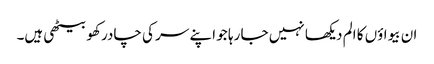
ان بیواؤں کا الم دیکھا نہیں جا رہا جو اپنے سر کی چادر کھو بیٹھی ہیں۔